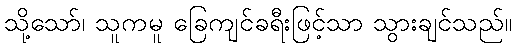
သို့သော်၊ သူကမူ ခြေကျင်ခရီးဖြင့်သာ သွားချင်သည်။